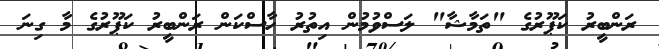
ރަންބީރު ކަޕޫރުގެ "ތަމާޝާ" ލަސްވުމުން އިތުރު ހާސްކަން ރަންބީރު ކަޕޫރުގެ މާ ގިނަ